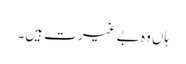
ہاں وہ بے غیرت ہیں۔